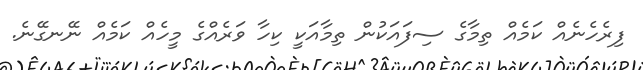
ފިރެހެނެއް ކަމެއް ތިމާގެ ސިފައަކުން ތިމާއަކީ ކިހާ ވަރެއްގެ މީހެއް ކަމެއް ނޭނގޭނެ.